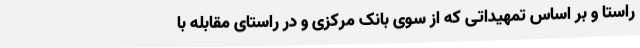
راستا و بر اساس تمهیداتی که از سوی بانک مرکزی و در راستای مقابله با